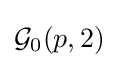
{\mathcal {G}}_{0}(p,2)